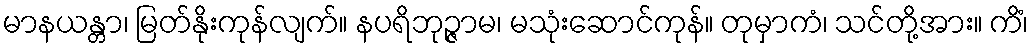
မာနယန္တာ၊ မြတ်နိုးကုန်လျက်။ နပရိဘုဉ္ဇာမ၊ မသုံးဆောင်ကုန်။ တုမှာကံ၊ သင်တို့အား။ ကိံ၊